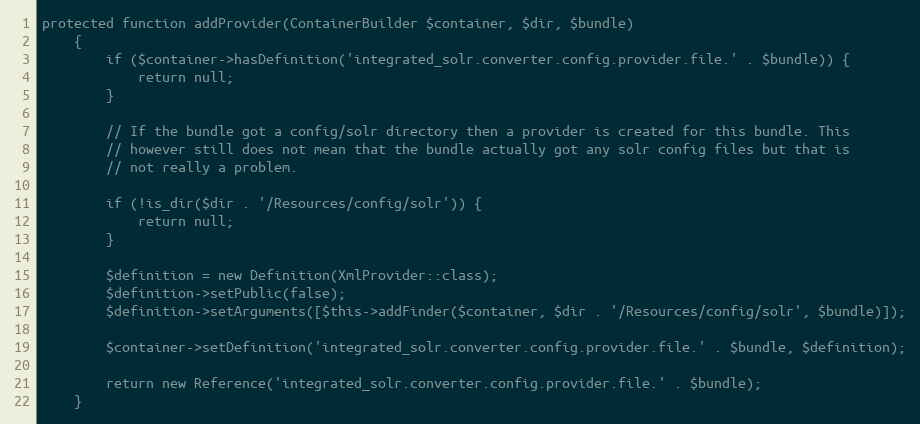
Language: PHP
protected function addProvider(ContainerBuilder $container, $dir, $bundle)
    {
        if ($container->hasDefinition('integrated_solr.converter.config.provider.file.' . $bundle)) {
            return null;
        }

        // If the bundle got a config/solr directory then a provider is created for this bundle. This
        // however still does not mean that the bundle actually got any solr config files but that is
        // not really a problem.

        if (!is_dir($dir . '/Resources/config/solr')) {
            return null;
        }

        $definition = new Definition(XmlProvider::class);
        $definition->setPublic(false);
        $definition->setArguments([$this->addFinder($container, $dir . '/Resources/config/solr', $bundle)]);

        $container->setDefinition('integrated_solr.converter.config.provider.file.' . $bundle, $definition);

        return new Reference('integrated_solr.converter.config.provider.file.' . $bundle);
    }